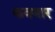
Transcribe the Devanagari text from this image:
कवथार